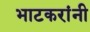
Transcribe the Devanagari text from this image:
भाटकरांनी